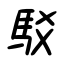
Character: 駁